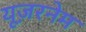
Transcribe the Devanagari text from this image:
यूज़रनेम